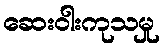
ဆေးဝါးကုသမှု